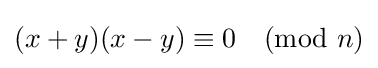
(x+y)(x-y)\equiv 0{\pmod {n}}